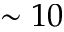
\sim 1 0